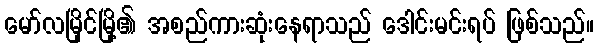
မော်လမြိုင်မြို့၏ အစည်ကားဆုံးနေရာသည် ဒေါင်းမင်းရပ် ဖြစ်သည်။